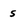
Character: s